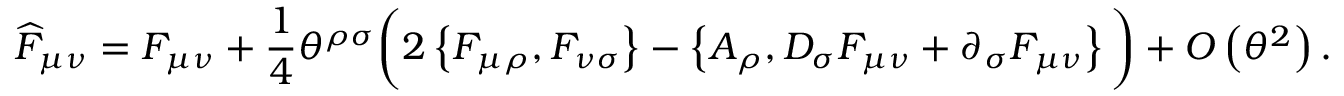
\widehat { F } _ { \mu \nu } = F _ { \mu \nu } + \frac { 1 } { 4 } \theta ^ { \rho \sigma } \bigg ( 2 \left\{ F _ { \mu \rho } , F _ { \nu \sigma } \right\} - \left\{ A _ { \rho } , D _ { \sigma } F _ { \mu \nu } + \partial _ { \sigma } F _ { \mu \nu } \right\} \bigg ) + { \cal O } \left( \theta ^ { 2 } \right) .